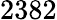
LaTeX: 2382